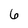
Character: 6